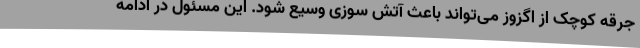
جرقه کوچک از اگزوز می‌تواند باعث آتش سوزی وسیع شود. این مسئول در ادامه